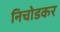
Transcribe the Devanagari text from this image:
निचोडकर